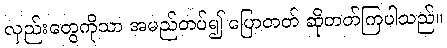
လှည်းတွေကိုသာ အမည်တပ်၍ ပြောတတ် ဆိုတတ်ကြပါသည်။